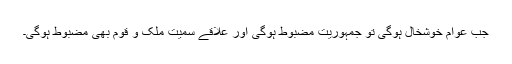
جب عوام خوشخال ہوگی تو جمہوریت مضبوط ہوگی اور علاقے سمیت ملک و قوم بھی مضبوط ہوگی۔